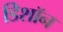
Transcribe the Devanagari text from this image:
डिशॉन